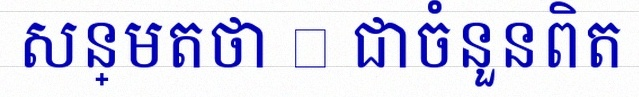
សន្មតថា x ជាចំនួនពិត